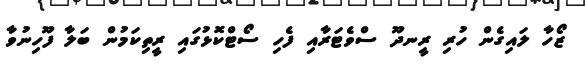
ޒޯހާ ލައިގެން ހުރި ރީނދޫ ސްވެޓަރާއި ފެހި ސޯޓްކޮޅުގައި ރީތިކަމުން ބަލާ ފޫހިނުވާ